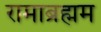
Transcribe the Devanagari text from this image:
रामाब्रह्मम